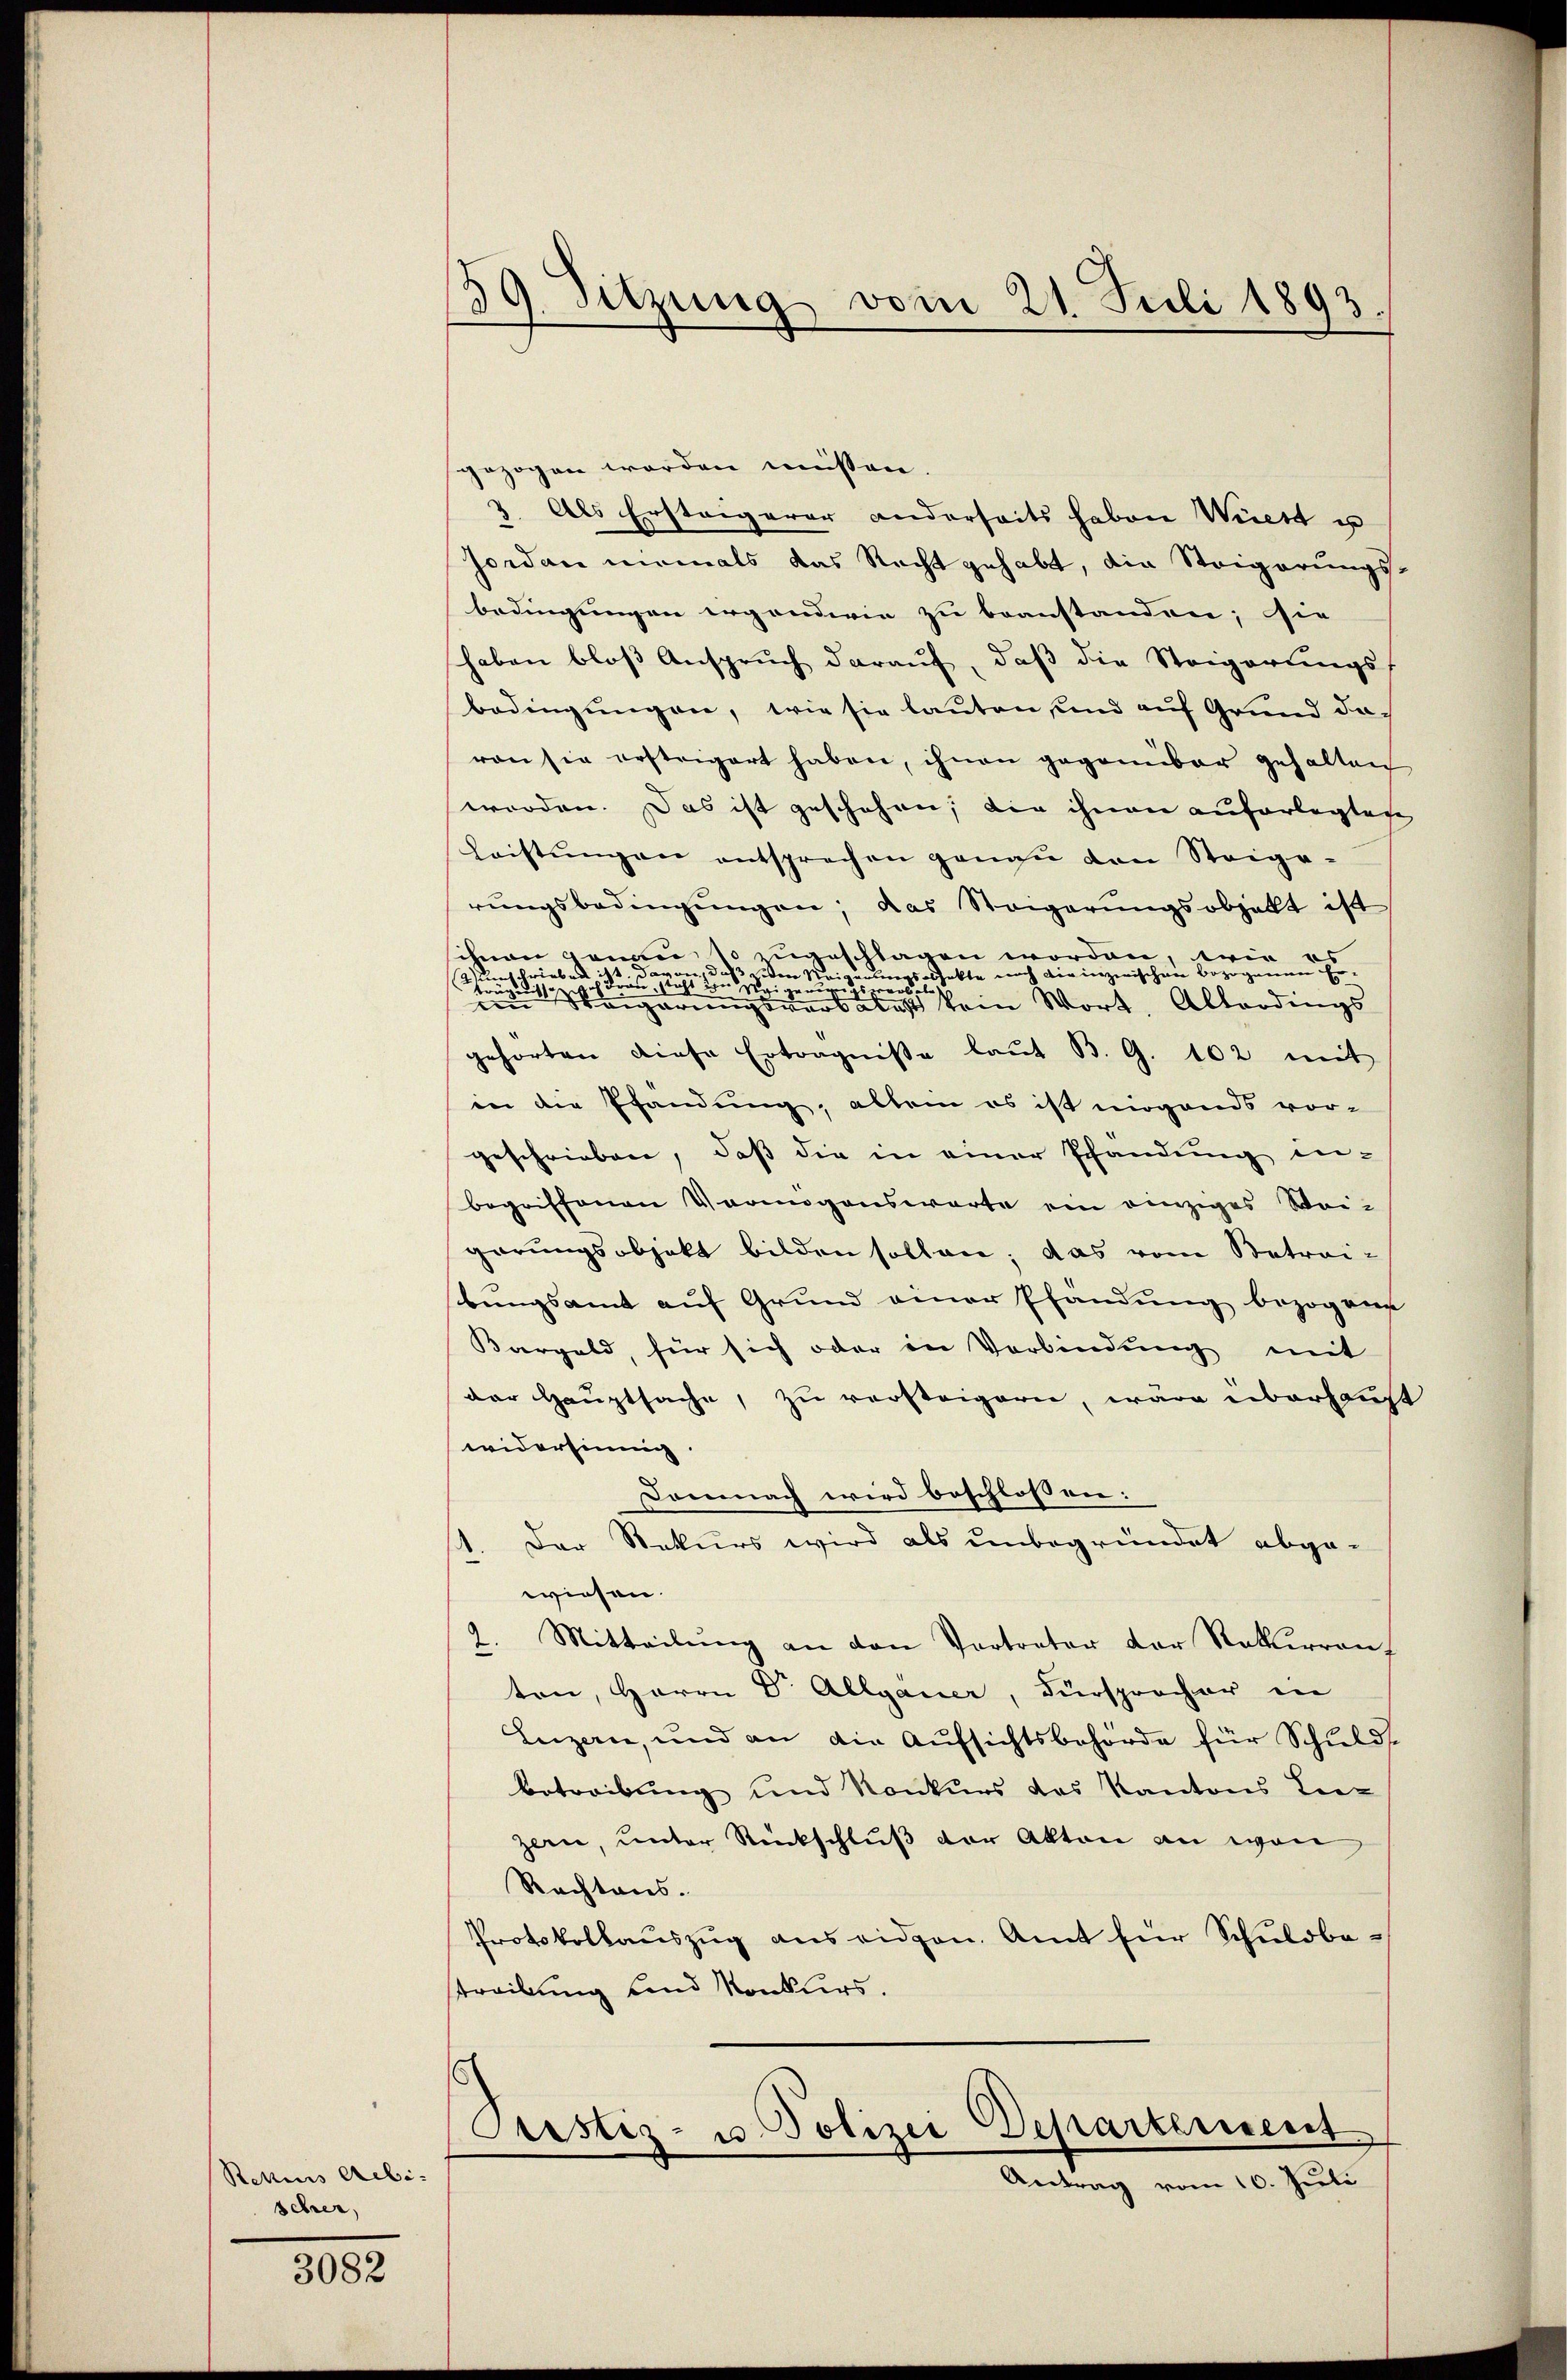
Retius Aebi-
Schrei

3082

59. Sitzung vom 21. Juli 1893
d

gezogen worden müssen.
2. Als Ersteigerer anderseits haben Wicht u
Jordan niemals das Recht gehabt, die Steigerungs-
bedingungen erganderie zu beanstanden; sie
haben bloß Anspruch darauf, daß die Steigerungs-
bedingungen, wie sie lauten und auf Grund davon sie ersteigert haben, ihnen gegenüber gehalten
worden. Das ist geschehen, die ihnen auferlegtage
Leistŭngen entsprechen genau von Steige-
rŭngsbedingŭngen, das Steigerŭngsobzelt ist
schnen genau so zugeschlagen worden, wie
5
d
unterers Gfekte noch die inzwischen bezogenen Erschrieben
seiden n
n
Fris
s
auswärti
sigen
.
te Weigerungsversalast kein Wort, Altordings
gehörten diese Erträgniße laŭt B. G. 102 mit
in die Pfandung, allein es ist nirgends vor-
geschrieben, daß die in einer Pfändung in-
begriffenen Vermögenswarte ein einziges Wei-
garungsobjekt bilden sollen; das vom Betrai-
bungsamt auf Grund einer Pfandung bezogene
Bargeld, für sich oder in Verbindung mit
der Hauptsache, zu versteigern, wäre überhaupt
widersinnig.
Domnach wird beschlossen:
Der Rekurs wird als unbegründet abgewiesen.
2. Mitteilŭng an den Vortreter der Rekurrenz
ton, Herrn Dr. Allgauer, Fürsprocher in
Luzern, und an die Aufsichtsbehörde für Schulds
betreibung und Konkurs das Kantons Lie-
zern, unter Rückschluß der Akten an von
Rechtens.
Protokollauszug aus eidgen. Amt für Schuldbestreibung und Konkurs.
Justiz- u. Polizei Departement
Antrag vom 10. Juli